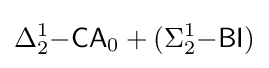
\Delta _{2}^{1}{\mathsf {-CA}}_{0}+(\Sigma _{2}^{1}{\mathsf {-BI}})